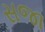
સજા